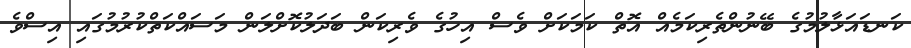
ކަނޑައަޅާލުމުގެ ބޭނުންތެރިކަމެއް އޮތް ކަމަކަށް ވެސް އިހުގެ ވެރިކަން ބަދަލުކޮށްލަން މަސައްކަތްކުރުމުގައި އިސްވެ